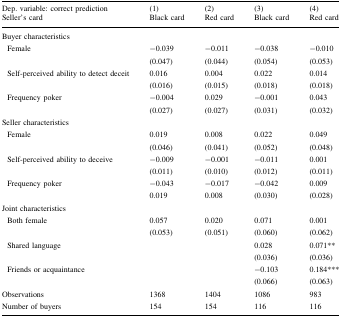
<table><thead><tr><td><b>Dep. variable: correct prediction</b></td><td><b>(1)</b></td><td><b>(2)</b></td><td><b>(3)</b></td><td><b>(4)</b></td></tr><tr><td><b>Seller’s card</b></td><td><b>Black card</b></td><td><b>Red card</b></td><td><b>Black card</b></td><td><b>Red card</b></td></tr></thead><tbody><tr><td colspan="5">Buyer characteristics</td></tr><tr><td> Female</td><td>−0.039(0.047)</td><td>−0.011(0.044)</td><td>−0.038(0.054)</td><td>−0.010(0.053)</td></tr><tr><td> Self-perceived ability to detect deceit</td><td>0.016(0.016)</td><td>0.004(0.015)</td><td>0.022(0.018)</td><td>0.014(0.018)</td></tr><tr><td> Frequency poker</td><td>−0.004(0.027)</td><td>0.029(0.027)</td><td>−0.001(0.031)</td><td>0.043(0.032)</td></tr><tr><td colspan="5">Seller characteristics</td></tr><tr><td> Female</td><td>0.019(0.046)</td><td>0.008(0.041)</td><td>0.022(0.052)</td><td>0.049(0.048)</td></tr><tr><td> Self-perceived ability to deceive</td><td>−0.009(0.011)</td><td>−0.001(0.010)</td><td>−0.011(0.012)</td><td>0.001(0.011)</td></tr><tr><td> Frequency poker</td><td>−0.0430.019</td><td>−0.0170.008</td><td>−0.042(0.030)</td><td>0.009(0.028)</td></tr><tr><td colspan="5">Joint characteristics</td></tr><tr><td> Both female</td><td>0.057(0.053)</td><td>0.020(0.051)</td><td>0.071(0.060)</td><td>0.001(0.062)</td></tr><tr><td> Shared language</td><td></td><td></td><td>0.028(0.036)</td><td>0.071**(0.036)</td></tr><tr><td> Friends or acquaintance</td><td></td><td></td><td>−0.103(0.066)</td><td>0.184***(0.063)</td></tr><tr><td>Observations</td><td>1368</td><td>1404</td><td>1086</td><td>983</td></tr><tr><td>Number of buyers</td><td>154</td><td>154</td><td>116</td><td>116</td></tr></tbody></table>